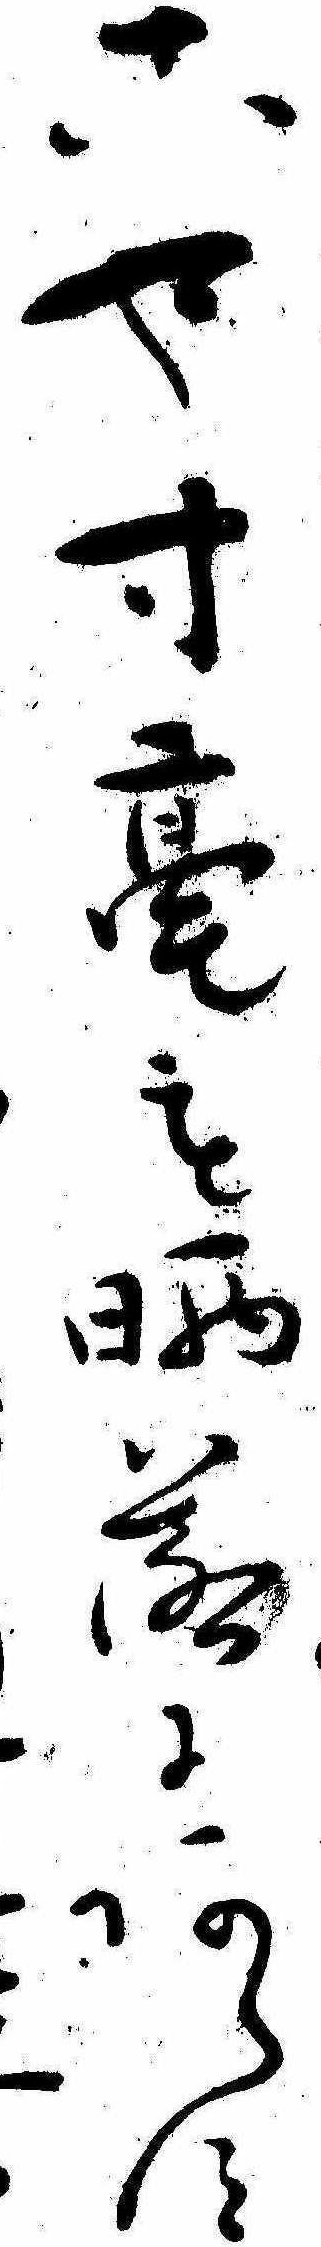
こや寸毫も晒落にあらす